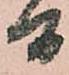
間